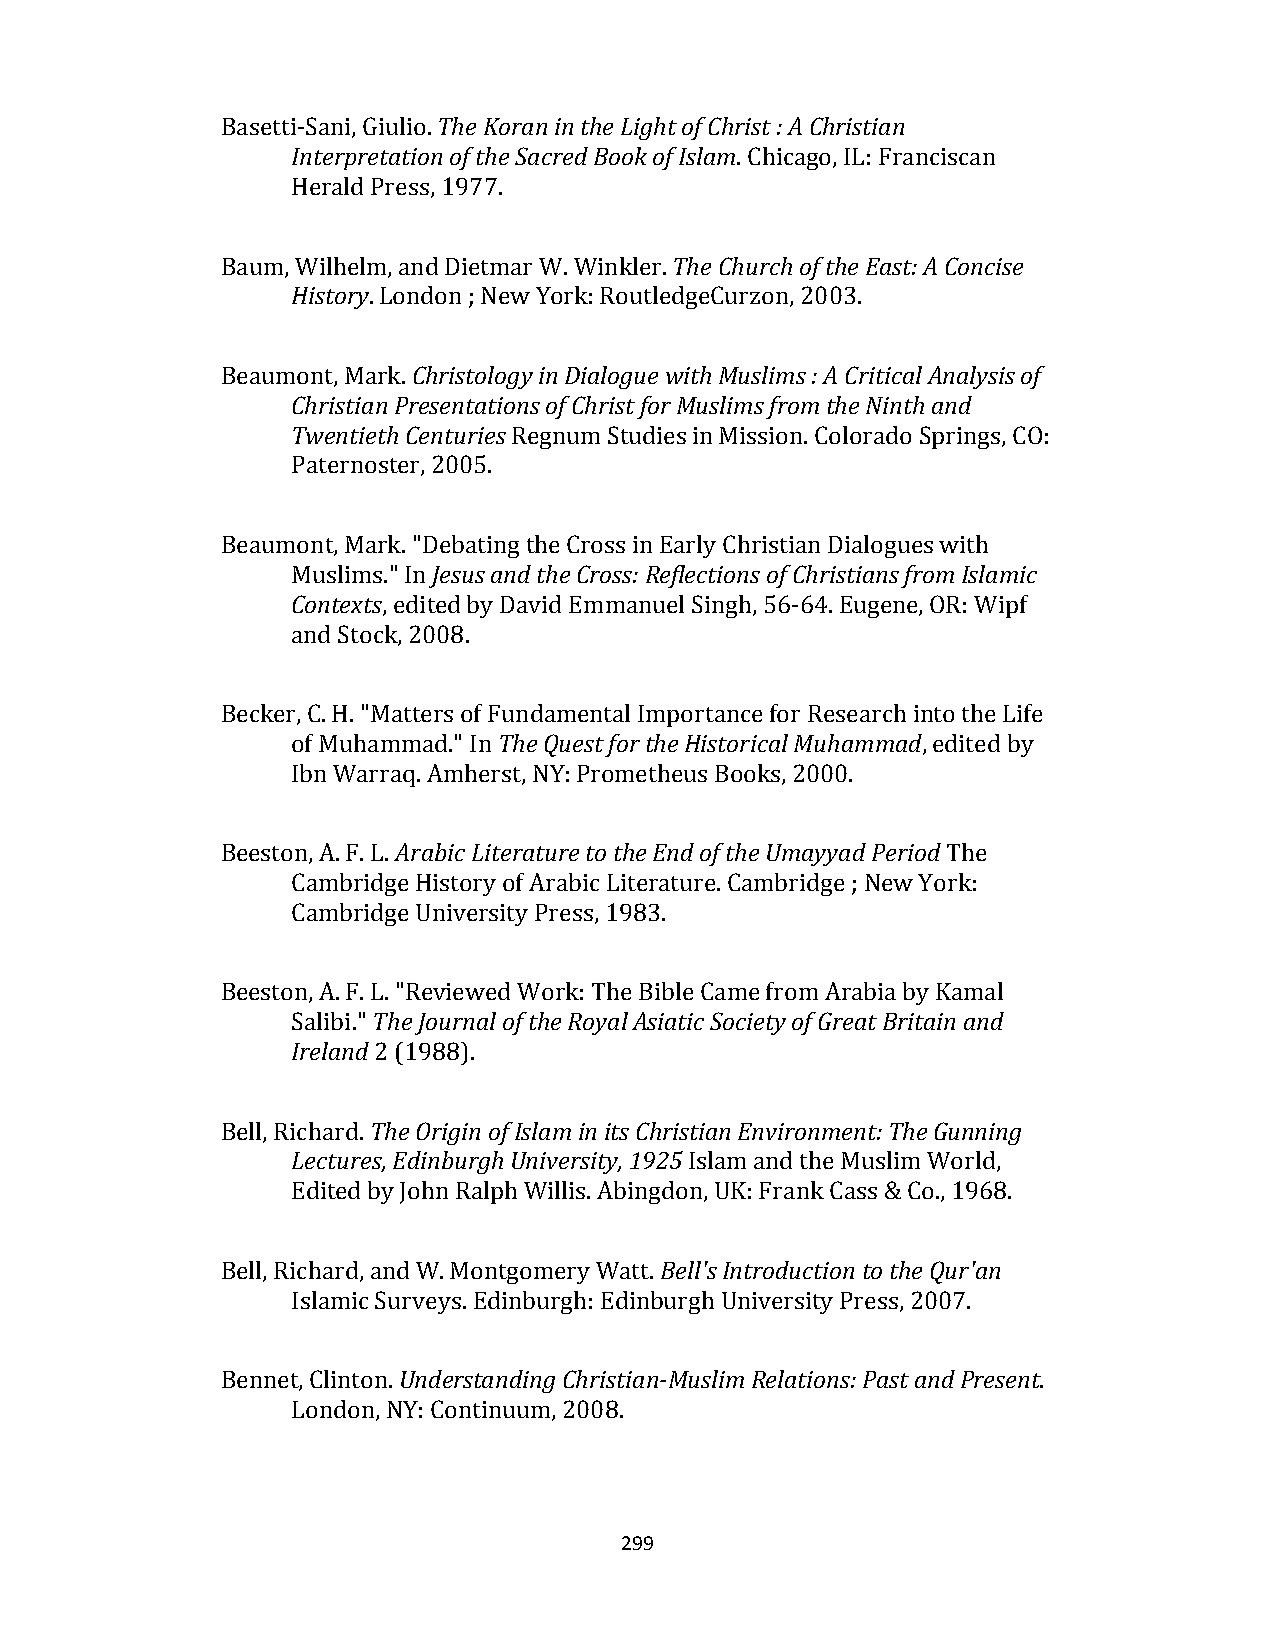
Basetti‐Sani, Giulio. The Koran in the Light of Christ : A Christian
 Interpretation of the Sacred Book of Islam. Chicago, IL: Franciscan
 Herald Press, 1977.
 Baum, Wilhelm, and Dietmar W. Winkler. The Church of the East: A Concise
 History. London ; New York: RoutledgeCurzon, 2003.
 Beaumont, Mark. Christology in Dialogue with Muslims : A Critical Analysis of
 Christian Presentations of Christ for Muslims from the Ninth and
 Twentieth Centuries Regnum Studies in Mission. Colorado Springs, CO:
 Paternoster, 2005.
 Beaumont, Mark. "Debating the Cross in Early Christian Dialogues with
 Muslims." In Jesus and the Cross: Reflections of Christians from Islamic
 Contexts, edited by David Emmanuel Singh, 56‐64. Eugene, OR: Wipf
 and Stock, 2008.
 Becker, C. H. "Matters of Fundamental Importance for Research into the Life
 of Muhammad." In The Quest for the Historical Muhammad, edited by
 Ibn Warraq. Amherst, NY: Prometheus Books, 2000.
 Beeston, A. F. L. Arabic Literature to the End of the Umayyad Period The
 Cambridge History of Arabic Literature. Cambridge ; New York:
 Cambridge University Press, 1983.
 Beeston, A. F. L. "Reviewed Work: The Bible Came from Arabia by Kamal
 Salibi." The Journal of the Royal Asiatic Society of Great Britain and
 Ireland 2 (1988).
 Bell, Richard. The Origin of Islam in its Christian Environment: The Gunning
 Lectures, Edinburgh University, 1925 Islam and the Muslim World,
 Edited by John Ralph Willis. Abingdon, UK: Frank Cass & Co., 1968.
 Bell, Richard, and W. Montgomery Watt. Bell's Introduction to the Qur'an
 Islamic Surveys. Edinburgh: Edinburgh University Press, 2007.
 Bennet, Clinton. Understanding Christian‐Muslim Relations: Past and Present.
 London, NY: Continuum, 2008.
 299